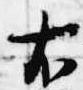
右